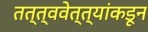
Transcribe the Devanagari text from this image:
तत्त्ववेत्त्यांकडून